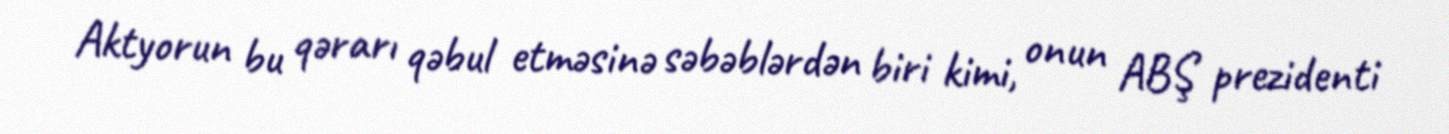
Aktyorun bu qərarı qəbul etməsinə səbəblərdən biri kimi, onun ABŞ prezidenti